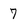
Character: 7